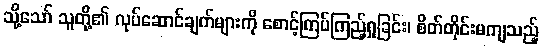
သို့သော် သူတို့၏ လုပ်ဆောင်ချက်များကို စောင့်ကြပ်ကြည့်ရှုခြင်း၊ စိတ်တိုင်းမကျသည့်